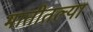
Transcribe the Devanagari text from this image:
मातीतल्या